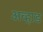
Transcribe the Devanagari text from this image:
अव्हाड